Report of the Bombay Plague Committee
Disease focus: Plague
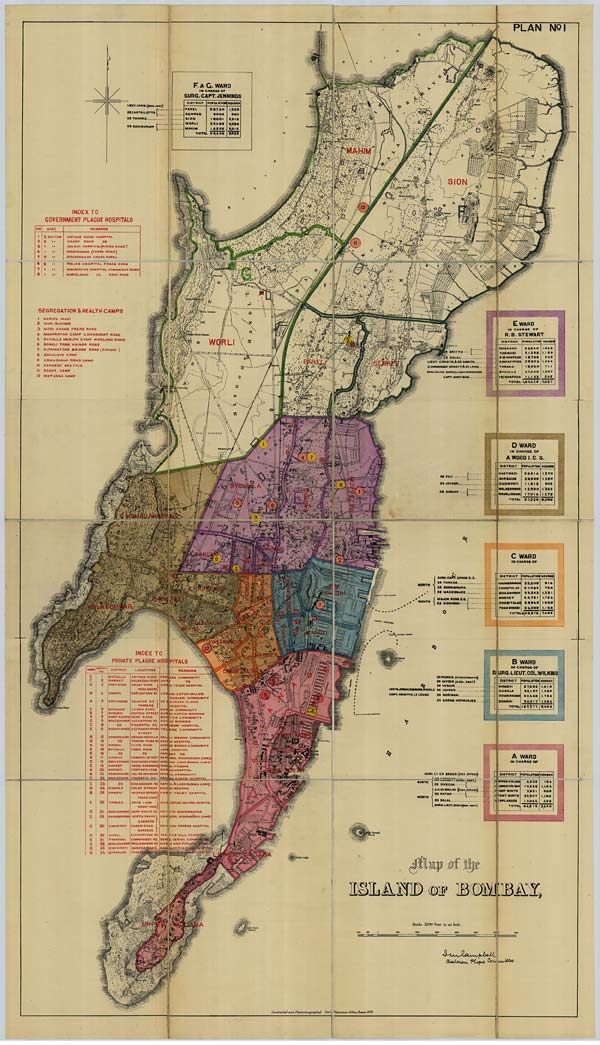
PLAN N o 1
Constructed and Photozincographed Govt. Photozinco: Office, Poona, 1898.